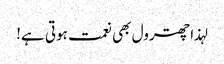
لہذا چھترول بھی نعمت ہوتی ہے!